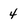
Character: 4